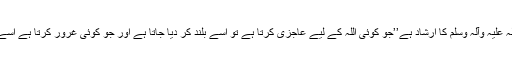
سرکارِ دو عالم صلی اللہ علیہ وآلہٖ وسلم کا ارشاد ہے’’جو کوئی اللہ کے لیے عاجزی کرتا ہے تو اسے بلند کر دیا جاتا ہے اور جو کوئی غرور کرتا ہے اسے پست کر دیا جاتا ہے۔